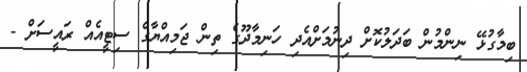
ބިމާގުޅޭ ނިންމުން ބަދަލުކޮށް ދިނުމަށްއެދި ހަނިމާދޫގެ ތިން ޖަމިއްޔާގެ ސިޓީއެއް ރައީސަށް -